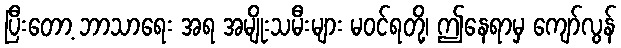
ပြီးတော့ ဘာသာရေး အရ အမျိုးသမီးများ မဝင်ရတို့၊ ဤနေရာမှ ကျော်လွန်